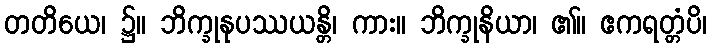
တတိယေ၊ ၌။ ဘိက္ခုနုပဿယန္တိ၊ ကား။ ဘိက္ခုနိယာ၊ ၏။ ဧကရတ္တံပိ၊